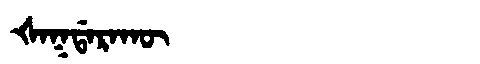
Manchu: ᡧᠠᡴᡩᠠᡵᠠᡴᡡ
Romanization: ŠAKDARAKŪ